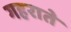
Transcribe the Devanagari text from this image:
गहराते